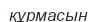
құрмасын